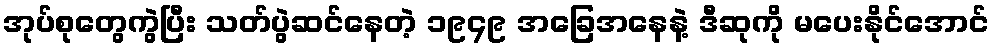
အုပ်စုတွေကွဲပြီး သတ်ပွဲဆင်နေတဲ့ ၁၉၄၉ အခြေအနေနဲ့ ဒီဆုကို မပေးနိုင်အောင်